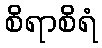
စိရာစိရံ